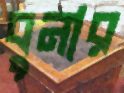
বুনার